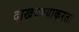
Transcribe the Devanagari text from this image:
दाखवण्याकरता